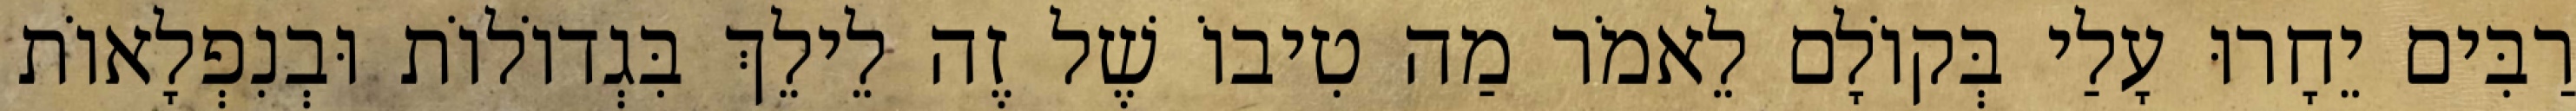
רַבִּים יֵחָרוּ עָלַי בְּקוֹלָם לֵאמֹר מַה טִיבוֹ שֶׁל זֶה לֵילֵךְ בִּגְדוֹלוֹת וּבְנִפְלָאוֹת